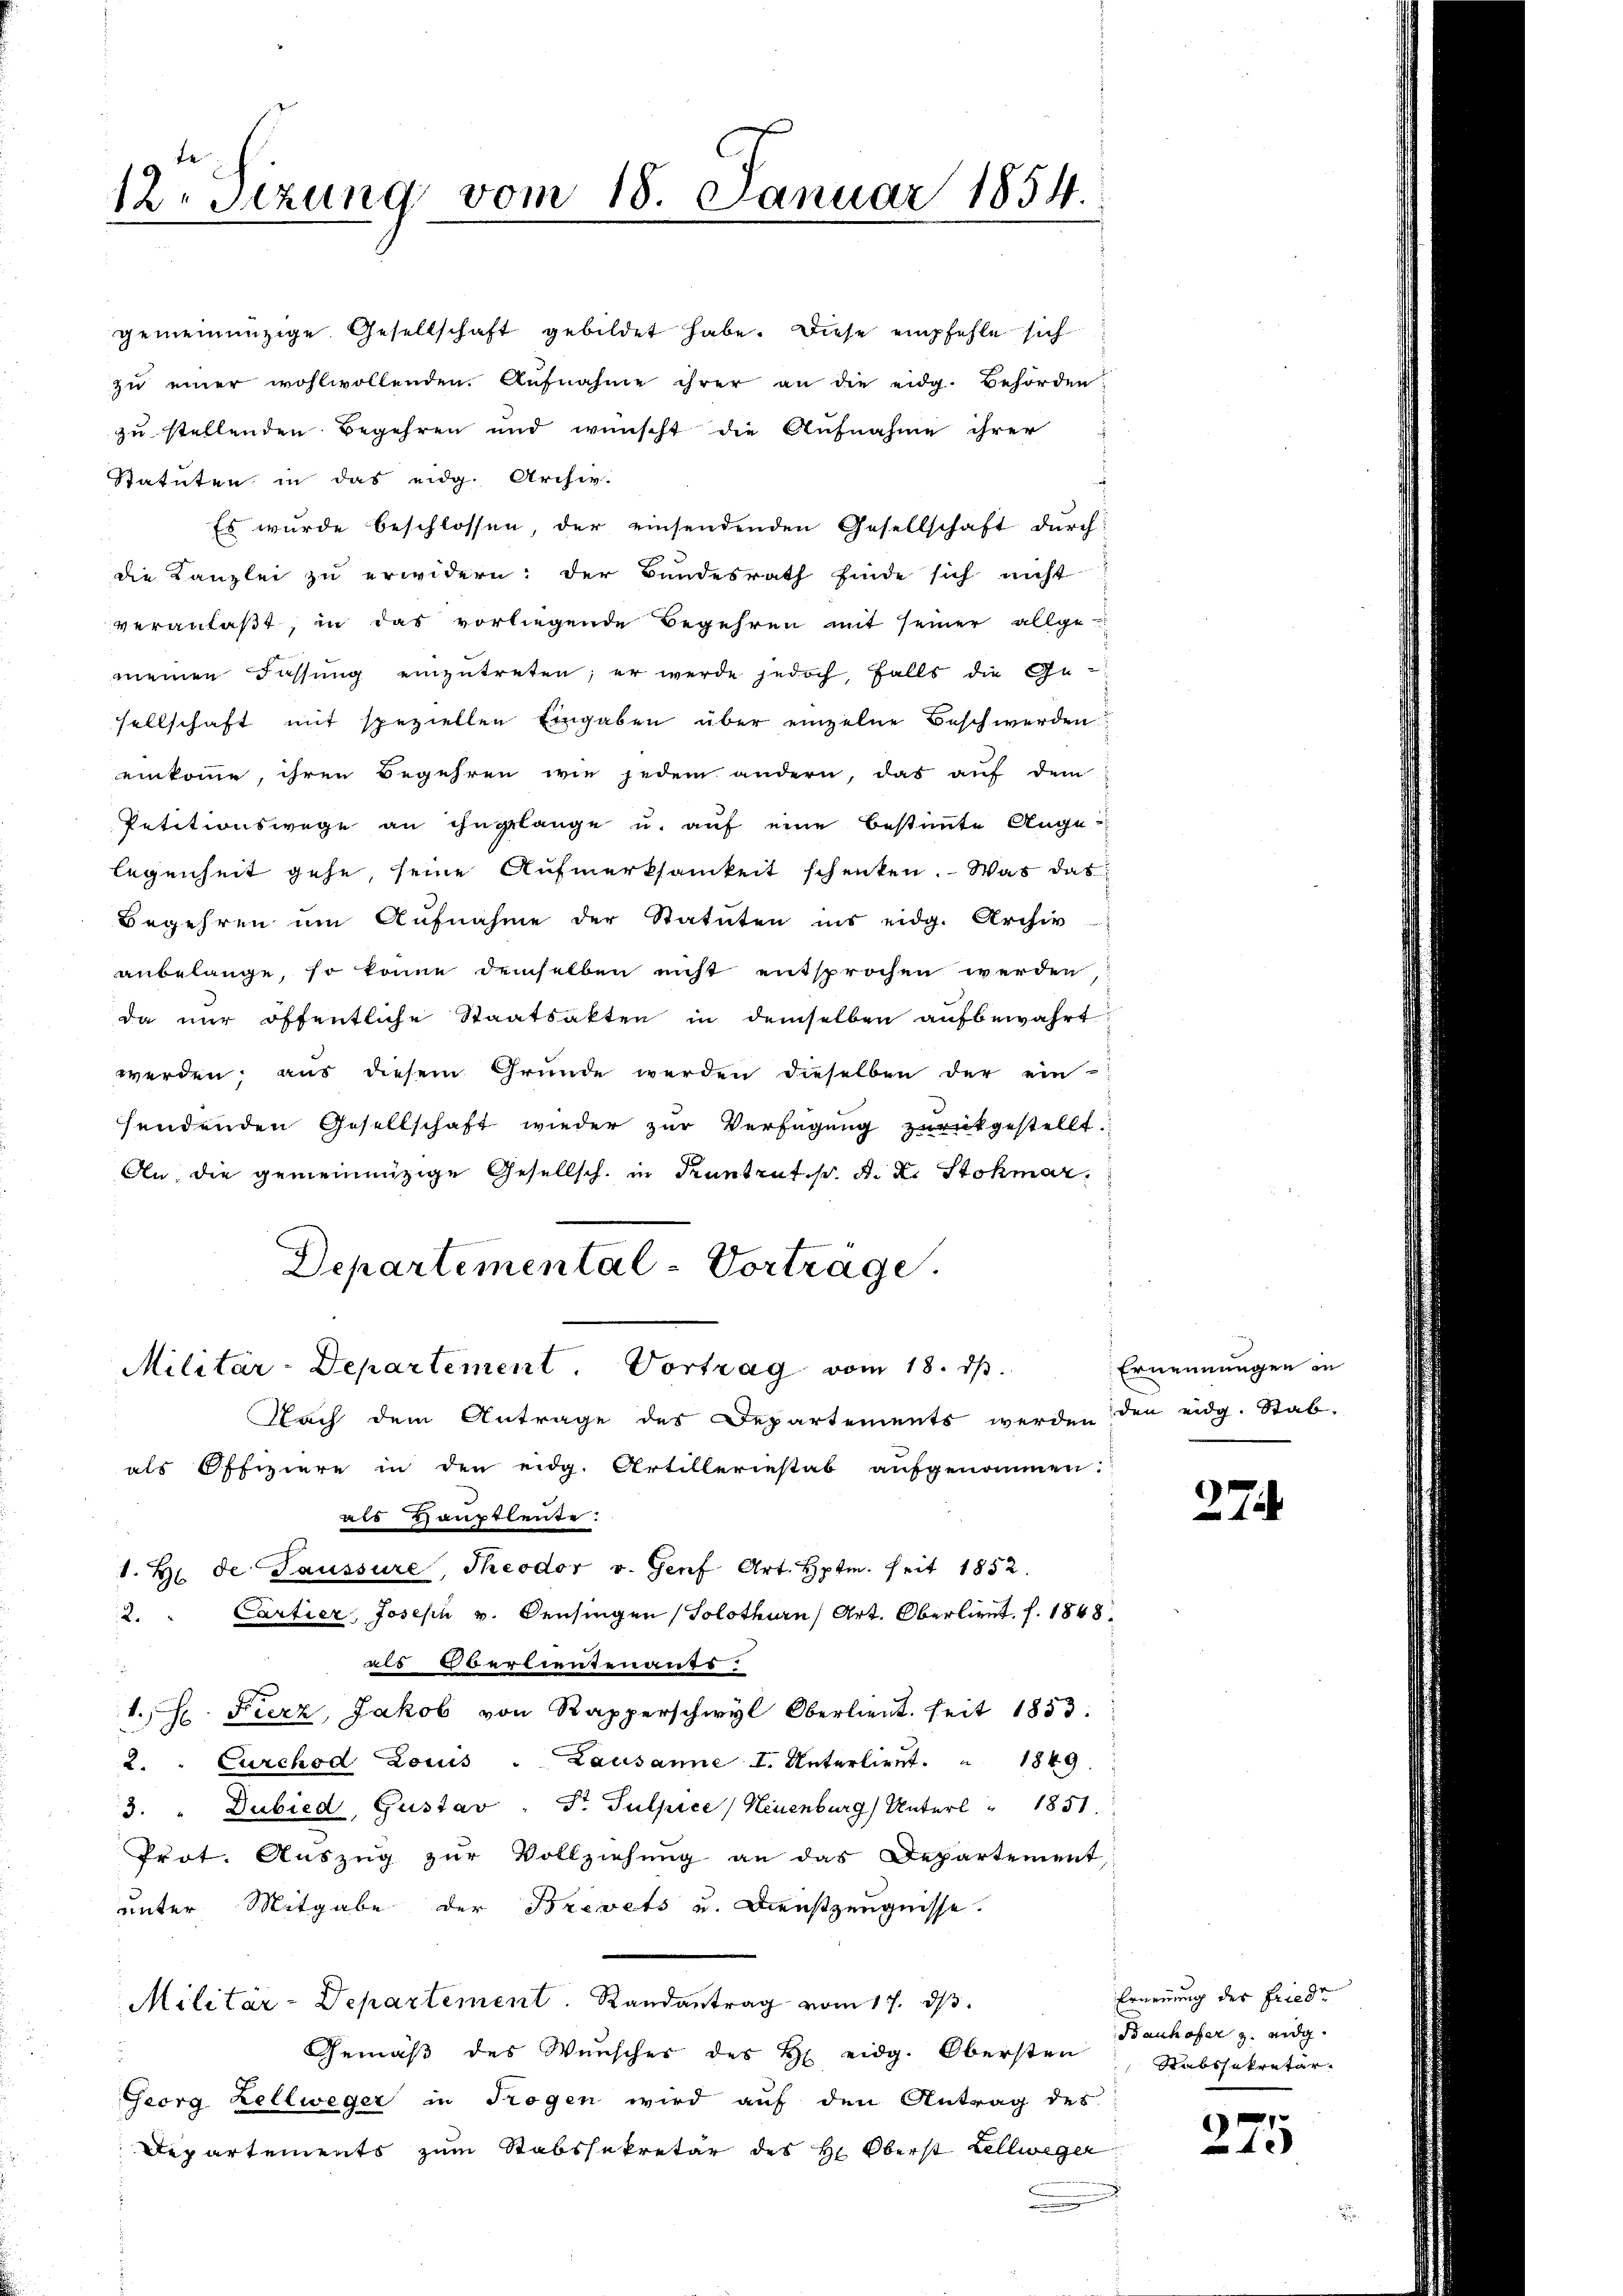
12. Sezung vom 18. Januar 1854.

gemeinenzige Gesellschaft gebildet habe. Diese empfehle sich
zŭ einer wohlwollenden. Aŭfnahme ihrer an die eidg. Behörden
zu stellenden Begehren und wünscht die Aufnahme ihrer
Statuten in das eidg. Archiv.
Es wurde beschlossen, der einsendenden Gesellschaft durch
die Kanzlei zu erwidern: der Bundesrath finde sich nicht
veranlaßt, in das vorliegende Begehren mit seiner allge-
meinen Fassung einzutreten; er werde jedoch, falls die Gesellschaft mit speziellen Eingaben über einzelne Beschwerden
einkomme, ihren Begehren wie jedem andern, das auf dem
Petitionswege an ihngelange u. auf eine bestimmte Angelegenheit gehe, seine Aufmerksamkeit schenken. Was das
Begehren um Aufnahme der Statuten ins eidg. Archiv
anbelange, so könne demselben nicht entsprochen werden,
da nur öffentliche Staatsakten in demselben aufbewahrt,
werden, aus diesem Gründe werden dieselben der ein
sendenden Gesellschaft wieder zur Verfügung zurückgestellt:
An die gemeinnüzige Gesellsch. in Kuntrut p. A. L. Stohmar
Departemental-Vortrage.
Militär-Departement. Vortrag vom 18. d.
Nach dem Antrage des Departements werden den eidg. Stab-
als Offiziere in den eidg. Artilleriestab aufgenommen.
als Hauptleute.
1. Z. de Gaussure, Theodor v. Genf Art. Hptm. seit 1852.
2. " Cartier, Joseph v. Beisingen (Solothurn, Art. Oberlieut. f. 1848.
als verlieutenants.
.H. Fierz, Jakob von Rapperschwyl Oberlieut. seit 1853.
2. " Carchod Louis - Lausanne I. Unterlieŭt. " 1849.
3. " Dubied, Gustav " Dr. Sulpice) Neuenburg) Unterl " 1851.
Prot. Auszug zur Vollziehung an das Departement
unter Mitgabe der Brevets u. Dieszeugnisse.
Militär-Departement. Randantrag vom 17. dβ.
Gemäß des Wunscher des H. eidg. Obersten Banhofer z. eidg.
Georg Zellweger in Trogen wird auf den Antrag des
Departements zum Stabssekretär des H: Oberst Zellweger

Ernennungen in

274

Ernennung der Friede
Rabssekretär.

275